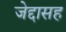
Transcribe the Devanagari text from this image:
जेद्दासह